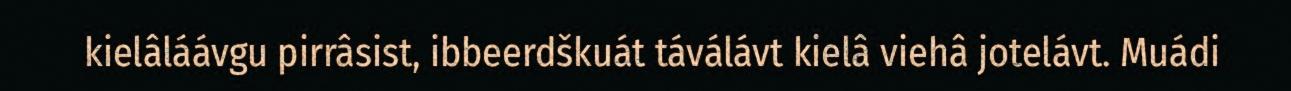
kielâláávgu pirrâsist, ibbeerdškuát táválávt kielâ viehâ jotelávt. Muádi